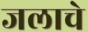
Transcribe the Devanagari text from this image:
जलाचे